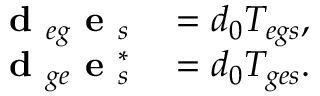
\begin{array} { r l } { \textbf { d } _ { e g } { \textbf { e } } _ { s } } & { { } = d _ { 0 } T _ { e g s } , } \\ { \textbf { d } _ { g e } { \textbf { e } } _ { s } ^ { * } } & { { } = d _ { 0 } T _ { g e s } . } \end{array}